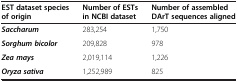
| EST dataset species of origin | Number of ESTs in NCBI dataset | Number of assembled DArT sequences aligned |
 | --- | --- | --- |
 | Saccharum | 283,254 | 1,750 |
 | Sorghum bicolor | 209,828 | 978 |
 | Zea mays | 2,019,114 | 1,226 |
 | Oryza sativa | 1,252,989 | 825 |